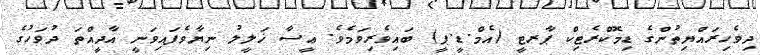
ދިވެހިރައްޔިތުންގެ ޑިމޮކްރެޓިކް ޕާރޓީ (އެމް.ޑީ.ޕީ) ބައިވެރިވަމެވެ. ޢީސާ ޚަލީލު ނިޔާވެފައިވަނީ އާދީއްތަ ދުވަހުގެ